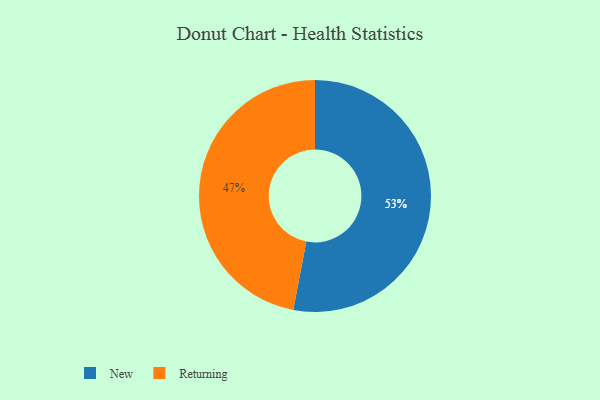
{"axis": {"x": "Category", "y": "Percentage"}, "legend": ["New", "Returning"], "data": [{"x": "New", "y": 53, "type": "New"}, {"x": "Returning", "y": 47, "type": "Returning"}]}